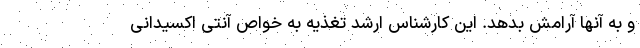
و به آنها آرامش بدهد. این کارشناس ارشد تغذیه به خواص آنتی اکسیدانی